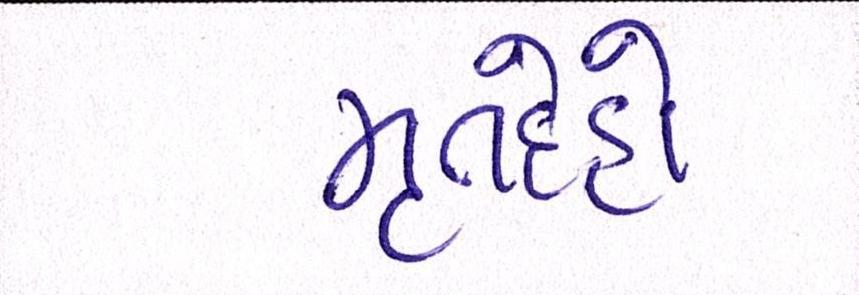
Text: મૃતેદહો